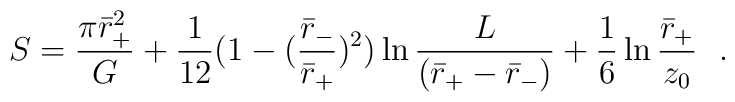
S={\pi \bar{r}^2_+\over G}+{1\over 12}(1-({\bar{r}_-\over \bar{r}_+})^2)\ln {L\over  (\bar{r}_+-\bar{r}_-)}+{1\over 6}\ln {\bar{r}_+\over z_0}~~.